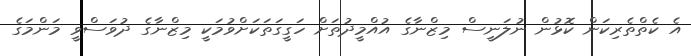
އެ ކެތްތެރިކަން ކޮޅުން ނުލަނީސް މިޒްނާގެ އުއްމީދުތަށް ހަގީގަތަކަށްވުމަކީ މިޒްނާގެ ދުވަސްވީ މަންމަގެ